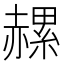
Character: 𧹶